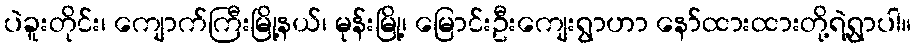
ပဲခူးတိုင်း၊ ကျောက်ကြီးမြို့နယ်၊ မုန်းမြို့၊ မြောင်းဦးကျေးရွာဟာ နော်ထားထားတို့ရဲ့ရွာပါ။